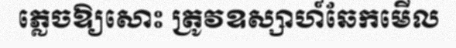
ភ្លេចឱ្យសោះ ត្រូវឧស្សាហ៍ឆែកមើល